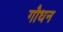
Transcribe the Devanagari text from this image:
गौधन